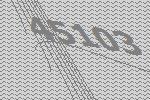
45103